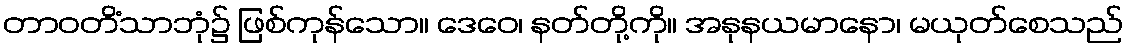
တာဝတိံသာဘုံ၌ ဖြစ်ကုန်သော။ ဒေဝေ၊ နတ်တို့ကို။ အနုနယမာနော၊ မယုတ်စေသည်